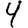
Digit: 4